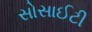
સોસાઈટી